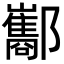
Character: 酅